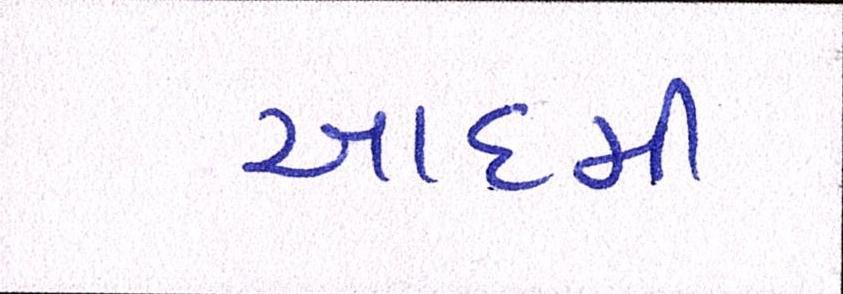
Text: આદમી